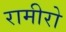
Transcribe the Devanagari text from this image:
रामीरो